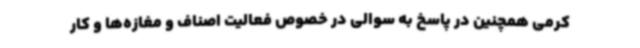
کرمی همچنین در پاسخ به سوالی در خصوص فعالیت اصناف و مغازه‌ها و کار